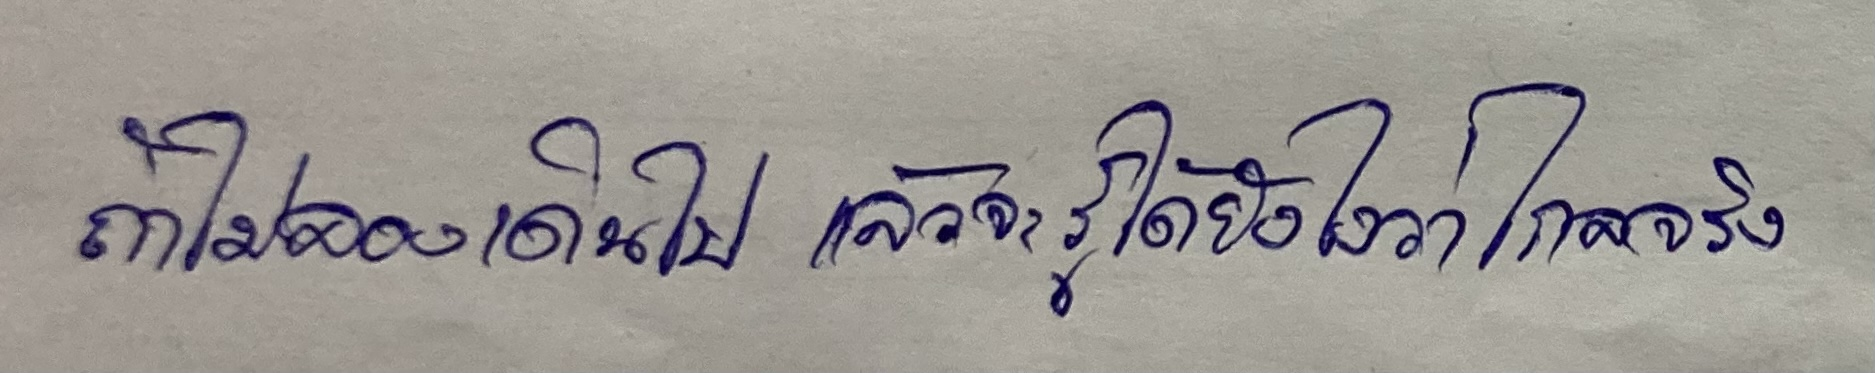
ถ้าไม่ลองเดินไป แล้วจะรู้ได้ยังไงว่าไกลจริง